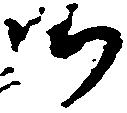
御